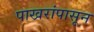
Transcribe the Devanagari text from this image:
पाखरांपासून